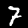
Digit: 7